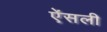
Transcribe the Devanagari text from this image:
ऐंसली